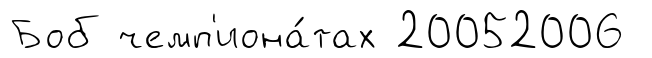
Боб чемп'иона́тах 20052006